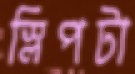
স্লিপটা